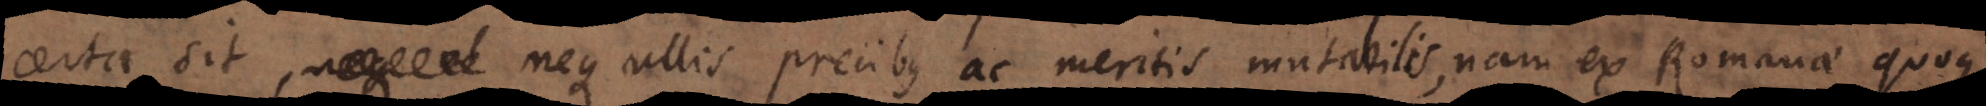
certa sit, neque ullis precibus ac meritis mutabilis, nam ex Romanae quoque